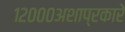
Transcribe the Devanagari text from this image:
१२०००अशाप्रकारे